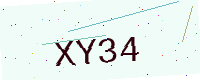
Text: XY34